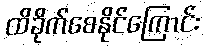
ထိခိုက်စေနိုင်ကြောင်း